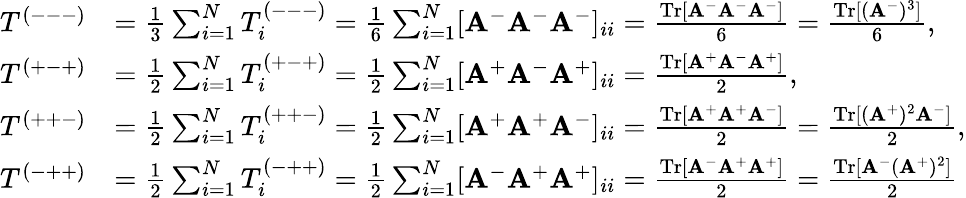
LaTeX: \begin{array}{rl}{T^{(---)}}&{=\frac{1}{3}\sum_{i=1}^{N}T_{i}^{(---)}=\frac{1}{6}\sum_{i=1}^{N}[\mathbf{A}^{-}\mathbf{A}^{-}\mathbf{A}^{-}]_{ii}=\frac{\mathrm{Tr}[\mathbf{A}^{-}\mathbf{A}^{-}\mathbf{A}^{-}]}{6}=\frac{\mathrm{Tr}[(\mathbf{A}^{-})^{3}]}{6},}\\ {T^{(+-+)}}&{=\frac{1}{2}\sum_{i=1}^{N}T_{i}^{(+-+)}=\frac{1}{2}\sum_{i=1}^{N}[\mathbf{A}^{+}\mathbf{A}^{-}\mathbf{A}^{+}]_{ii}=\frac{\mathrm{Tr}[\mathbf{A}^{+}\mathbf{A}^{-}\mathbf{A}^{+}]}{2},}\\ {T^{(++-)}}&{=\frac{1}{2}\sum_{i=1}^{N}T_{i}^{(++-)}=\frac{1}{2}\sum_{i=1}^{N}[\mathbf{A}^{+}\mathbf{A}^{+}\mathbf{A}^{-}]_{ii}=\frac{\mathrm{Tr}[\mathbf{A}^{+}\mathbf{A}^{+}\mathbf{A}^{-}]}{2}=\frac{\mathrm{Tr}[(\mathbf{A}^{+})^{2}\mathbf{A}^{-}]}{2},}\\ {T^{(-++)}}&{=\frac{1}{2}\sum_{i=1}^{N}T_{i}^{(-++)}=\frac{1}{2}\sum_{i=1}^{N}[\mathbf{A}^{-}\mathbf{A}^{+}\mathbf{A}^{+}]_{ii}=\frac{\mathrm{Tr}[\mathbf{A}^{-}\mathbf{A}^{+}\mathbf{A}^{+}]}{2}=\frac{\mathrm{Tr}[\mathbf{A}^{-}(\mathbf{A}^{+})^{2}]}{2}}\end{array}